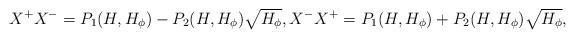
LaTeX: \begin{align*} X^+X^- = P_1(H,H_{\phi}) - P_2(H,H_{\phi}) \sqrt{H_{\phi}}, X^-X^+ = P_1(H,H_{\phi}) + P_2(H,H_{\phi}) \sqrt{H_{\phi}}, \end{align*}